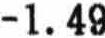
-1.49